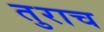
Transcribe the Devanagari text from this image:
तुराच